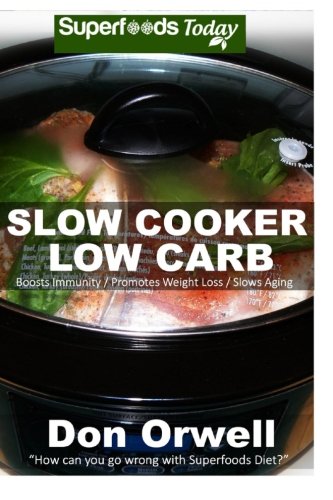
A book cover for Slow Cooker Low Carb: Over 70+ Low Carb Slow Cooker Meals, Dump Dinners Recipes, Quick & Easy Cooking Recipes, Antioxidants & Phytochemicals, Soups ... Slow Cooker-Slow Cooker Recipes) (Volume 100); Don Orwell; Health, Fitness & Dieting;